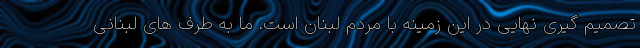
تصمیم گیری نهایی در این زمینه با مردم لبنان است. ما به طرف های لبنانی